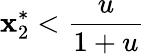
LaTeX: \mathbf{x}_{2}^{*}<\frac{{u}}{{1+u}}